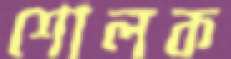
শোলক